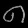
Digit: ၈